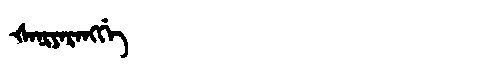
Manchu: ᡧᠠᠨᡳᠶᠠᡵᠠᠩᡤᡝ
Romanization: ŠANIYARANGGE